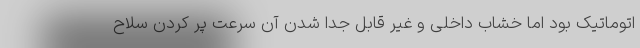
اتوماتیک بود اما خشاب داخلی و غیر قابل جدا شدن آن سرعت پر کردن سلاح